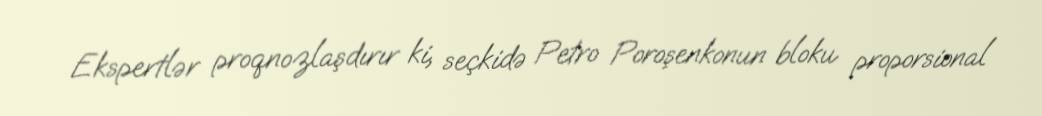
Ekspertlər proqnozlaşdırır ki, seçkidə Petro Poroşenkonun bloku proporsional